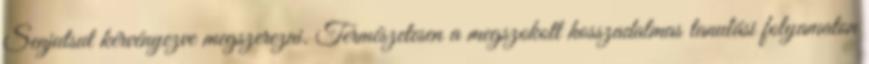
Senjutsut kérvényezve megszerezni. Természetesen a megszokott hosszadalmas tanulási folyamaton